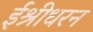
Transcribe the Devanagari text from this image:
ईश्रीधरन